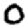
Digit: 0